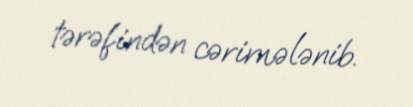
tərəfindən cərimələnib.